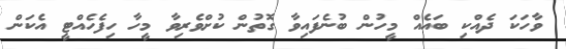
ވާހަކަ ދެއްކި ބައެއް މީހުން ބުނެފައިވާ ގޮތުން ކުށްވެރިވާ މީހާ ހިފެހެއްޓީ އެކަން